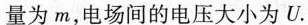
量为m，电场间的电压大小为U.